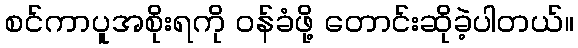
စင်ကာပူအစိုးရကို ဝန်ခံဖို့ တောင်းဆိုခဲ့ပါတယ်။